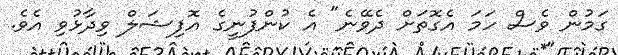
ގަމުން ވެސް ހަމަ އެގޮތަށް ދެވޭނެ" އެ ކުންފުނީގެ އޮފިޝަލް ވިދާޅުވި އެވެ.